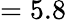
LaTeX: =5.8